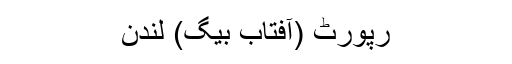
رپورٹ (آفتاب بیگ) لندن